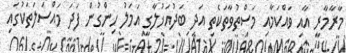
މާރާމާރީ އާއި ވައްކަމާއި މަސްތުވާތަކެތި އަދި ބަދުއަޚުލާގީ އަމަލު ހިންގުން ފަދަ މައްސަލަތަކުގައި